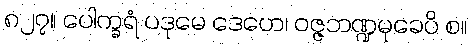
၈၂၇။ ပေါက္ခရံ ပဒုမေ ဒေဟေ၊ ဝဇ္ဇဘဏ္ဍမုခေပိ စ။